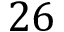
2 6